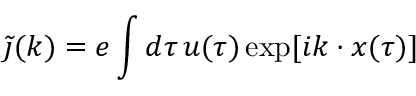
\tilde { \j } ( k ) = e \int d \tau \, u ( \tau ) \exp [ i k \cdot x ( \tau ) ]